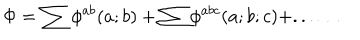
\Phi = \sum \phi ^ { a b } ( a ; b ) + \sum \phi ^ { a b c } ( a ; b ; c ) + . . . \ldots